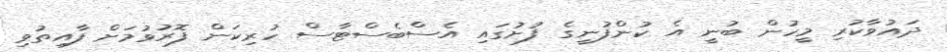
ދައުވާކުރި މީހުން ބުނީ އެ ކުންފުނީގެ ފުށުގައި އެސްބެސްޓާސް ހުރިކަން ފޮރުވުމަށް ފާއިތުވި